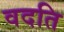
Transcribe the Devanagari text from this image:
वदति